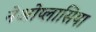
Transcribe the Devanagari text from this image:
नेओप्लासिया